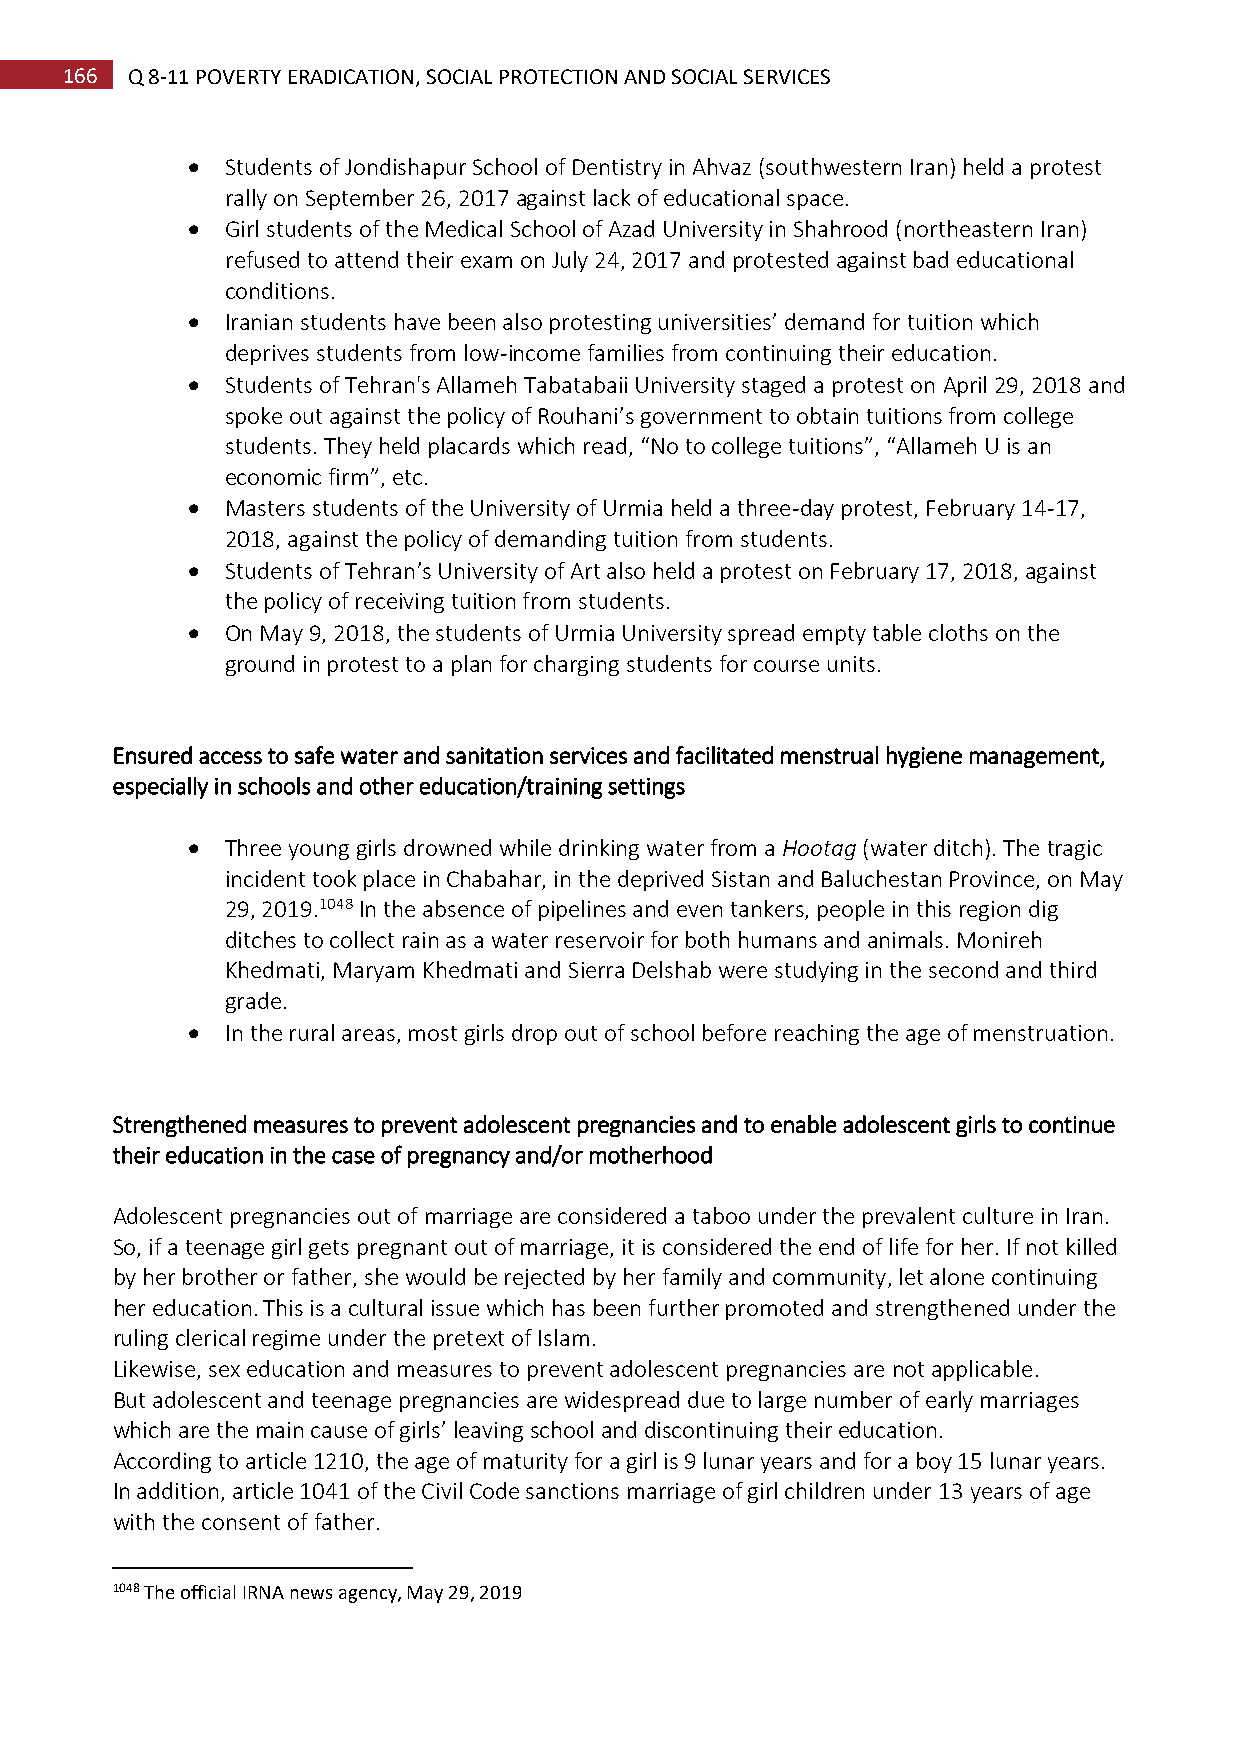
166 Q 8-11 POVERTY ERADICATION, SOCIAL PROTECTION AND SOCIAL SERVICES
   Students of Jondishapur School of Dentistry in Ahvaz (southwestern Iran) held a protest
 rally on September 26, 2017 against lack of educational space.
   Girl students of the Medical School of Azad University in Shahrood (northeastern Iran)
 refused to attend their exam on July 24, 2017 and protested against bad educational
 conditions.
   Iranian students have been also protesting universities’ demand for tuition which
 deprives students from low-income families from continuing their education.
   Students of Tehran's Allameh Tabatabaii University staged a protest on April 29, 2018 and
 spoke out against the policy of Rouhani’s government to obtain tuitions from college
 students. They held placards which read, “No to college tuitions”, “Allameh U is an
 economic firm”, etc.
   Masters students of the University of Urmia held a three-day protest, February 14-17,
 2018, against the policy of demanding tuition from students.
   Students of Tehran’s University of Art also held a protest on February 17, 2018, against
 the policy of receiving tuition from students.
   On May 9, 2018, the students of Urmia University spread empty table cloths on the
 ground in protest to a plan for charging students for course units.
 Ensured access to safe water and sanitation services and facilitated menstrual hygiene management,
 especially in schools and other education/training settings
   Three young girls drowned while drinking water from a Hootag (water ditch). The tragic
 incident took place in Chabahar, in the deprived Sistan and Baluchestan Province, on May
 29, 2019.1048 In the absence of pipelines and even tankers, people in this region dig
 ditches to collect rain as a water reservoir for both humans and animals. Monireh
 Khedmati, Maryam Khedmati and Sierra Delshab were studying in the second and third
 grade.
   In the rural areas, most girls drop out of school before reaching the age of menstruation.
 Strengthened measures to prevent adolescent pregnancies and to enable adolescent girls to continue
 their education in the case of pregnancy and/or motherhood
 Adolescent pregnancies out of marriage are considered a taboo under the prevalent culture in Iran.
 So, if a teenage girl gets pregnant out of marriage, it is considered the end of life for her. If not killed
 by her brother or father, she would be rejected by her family and community, let alone continuing
 her education. This is a cultural issue which has been further promoted and strengthened under the
 ruling clerical regime under the pretext of Islam.
 Likewise, sex education and measures to prevent adolescent pregnancies are not applicable.
 But adolescent and teenage pregnancies are widespread due to large number of early marriages
 which are the main cause of girls’ leaving school and discontinuing their education.
 According to article 1210, the age of maturity for a girl is 9 lunar years and for a boy 15 lunar years.
 In addition, article 1041 of the Civil Code sanctions marriage of girl children under 13 years of age
 with the consent of father.
 1048 The official IRNA news agency, May 29, 2019